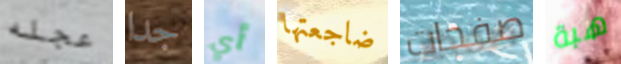
عجله جدا أي ضاجعتها صفحات هبة